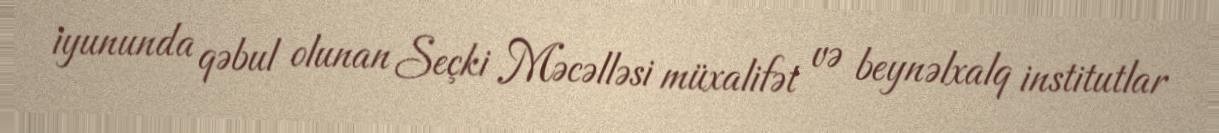
iyununda qəbul olunan Seçki Məcəlləsi müxalifət və beynəlxalq institutlar